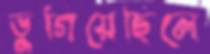
ভুগিয়েছিলে